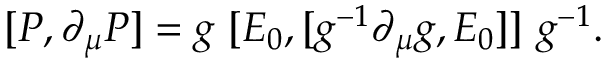
[ P , \partial _ { \mu } P ] = g \ [ E _ { 0 } , [ g ^ { - 1 } \partial _ { \mu } g , E _ { 0 } ] ] \ g ^ { - 1 } .